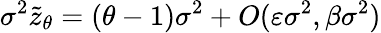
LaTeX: \sigma^{2}\tilde{z}_{\theta}=(\theta-1)\sigma^{2}+O(\varepsilon\sigma^{2},\beta\sigma^{2})